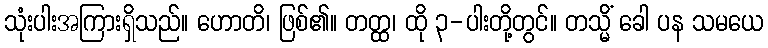
သုံးပါးအကြားရှိသည်။ ဟောတိ၊ ဖြစ်၏။ တတ္ထ၊ ထို ၃-ပါးတို့တွင်။ တသ္မိံ ခေါ ပန သမယေ